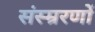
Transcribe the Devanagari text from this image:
संस्म्ररणों